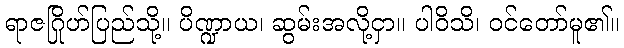
ရာဇဂြိုဟ်ပြည်သို့။ ပိဏ္ဍာယ၊ ဆွမ်းအလို့ငှာ။ ပါဝိသိ၊ ဝင်တော်မူ၏။